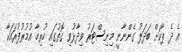
އެ ދެ ޕާކަށް ބަދަލު ގެންނާނީ މިނިސްޓަރު ވިދާޅުވި ގޮތުގައި ހުރިހާ އުމުރުފުރައަކާ